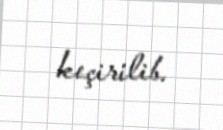
keçirilib.